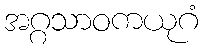
အဂ္ဂသာဝကယုဂံ